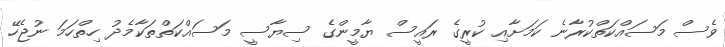
ވެސް މަސައްކަތްކުރާނެ ކަމަށާއި ކުރީގެ ރައީސް ޔާމީންގެ ސިޔާސީ މަސައްކަތްތަކާމެދު ހިތްހަމަ ނުޖެހޭ